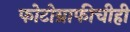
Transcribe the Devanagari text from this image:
फोटोग्राफीचीही